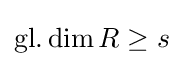
\operatorname {gl.dim} R\geq s